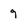
Character: 9